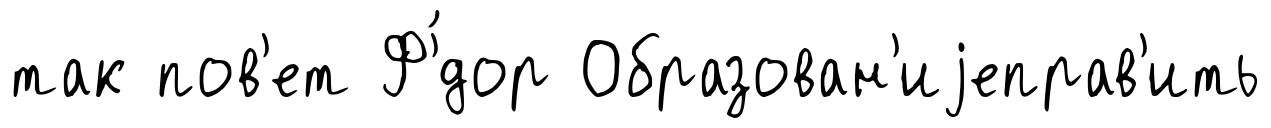
так пов'ет Ф'́дор Образован'иjеправ'ить